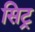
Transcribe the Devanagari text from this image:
सिट्र